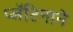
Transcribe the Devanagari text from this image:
प्लॅटिनाने